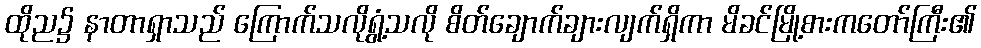
ထိုည၌ နာတာရှာသည် ကြောက်သလိုရွံ့သလို စိတ်ချောက်ချားလျက်ရှိကာ မိခင်မြို့စားကတော်ကြီး၏